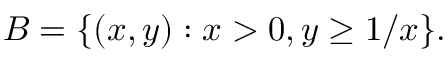
B = \{ ( x , y ) : x > 0 , y \geq 1 / x \} .